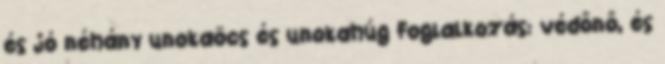
és jó néhány unokaöcs és unokahúg Foglalkozás: védőnő, és